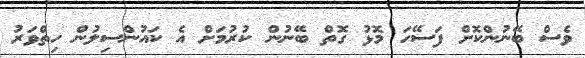
ވެސް ބޭނުންކޮށް ފަސޭހަ މޮޅު ގޮތް ބޭނުން ކުރުމަށް އެ ކައުންސިލުން ހިތްވަރު